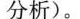
分析)。